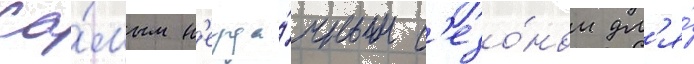
Са́мым н'еуда́чным с'езо́ном дл'я́